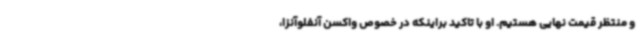
و منتظر قیمت نهایی هستیم. او با تاکید براینکه در خصوص واکسن آنفلوآنزا،